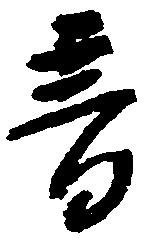
音